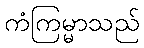
ကံကြမ္မာသည်